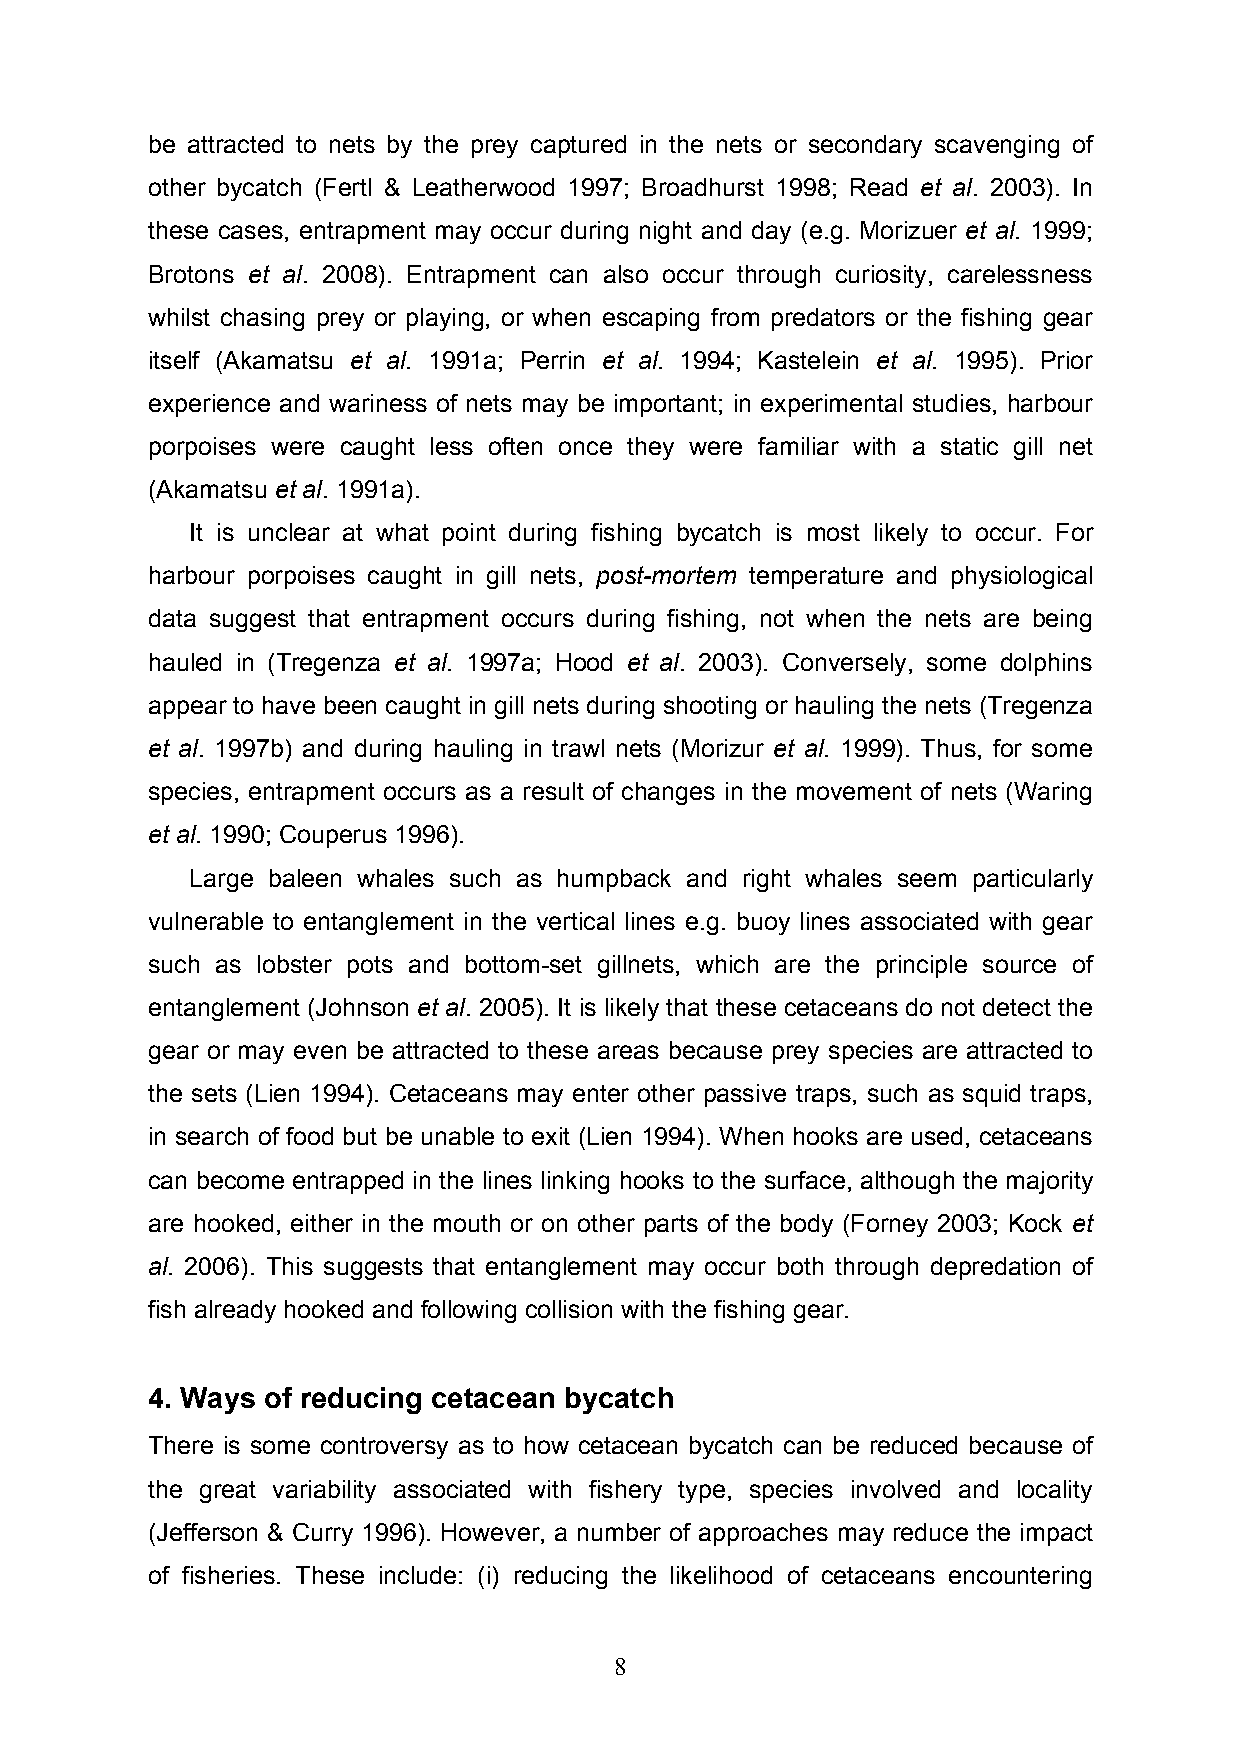
be attracted to nets by the prey captured in the nets or secondary scavenging of
 other bycatch (Fertl & Leatherwood 1997; Broadhurst 1998; Read et al. 2003). In
 these cases, entrapment may occur during night and day (e.g. Morizuer et al. 1999;
 Brotons et al. 2008). Entrapment can also occur through curiosity, carelessness
 whilst chasing prey or playing, or when escaping from predators or the fishing gear
 itself (Akamatsu et al. 1991a; Perrin et al. 1994; Kastelein et al. 1995). Prior
 experience and wariness of nets may be important; in experimental studies, harbour
 porpoises were caught less often once they were familiar with a static gill net
 (Akamatsu et al. 1991a).
 It is unclear at what point during fishing bycatch is most likely to occur. For
 harbour porpoises caught in gill nets, post-mortem temperature and physiological
 data suggest that entrapment occurs during fishing, not when the nets are being
 hauled in (Tregenza et al. 1997a; Hood et al. 2003). Conversely, some dolphins
 appear to have been caught in gill nets during shooting or hauling the nets (Tregenza
 et al. 1997b) and during hauling in trawl nets (Morizur et al. 1999). Thus, for some
 species, entrapment occurs as a result of changes in the movement of nets (Waring
 et al. 1990; Couperus 1996).
 Large baleen whales such as humpback and right whales seem particularly
 vulnerable to entanglement in the vertical lines e.g. buoy lines associated with gear
 such as lobster pots and bottom-set gillnets, which are the principle source of
 entanglement (Johnson et al. 2005). It is likely that these cetaceans do not detect the
 gear or may even be attracted to these areas because prey species are attracted to
 the sets (Lien 1994). Cetaceans may enter other passive traps, such as squid traps,
 in search of food but be unable to exit (Lien 1994). When hooks are used, cetaceans
 can become entrapped in the lines linking hooks to the surface, although the majority
 are hooked, either in the mouth or on other parts of the body (Forney 2003; Kock et
 al. 2006). This suggests that entanglement may occur both through depredation of
 fish already hooked and following collision with the fishing gear.
 4. Ways of reducing cetacean bycatch
 There is some controversy as to how cetacean bycatch can be reduced because of
 the great variability associated with fishery type, species involved and locality
 (Jefferson & Curry 1996). However, a number of approaches may reduce the impact
 of fisheries. These include: (i) reducing the likelihood of cetaceans encountering
 8